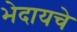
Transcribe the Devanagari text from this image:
भेदायचे